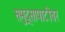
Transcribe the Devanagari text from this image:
समुद्र्सापाटीवर